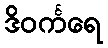
ဒိဝင်္ကရေ